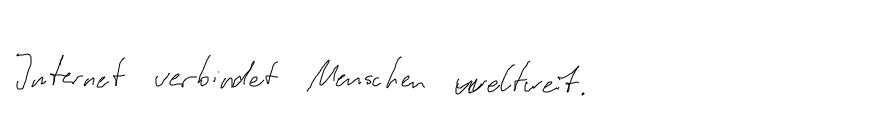
Internet verbindet Menschen weltweit.